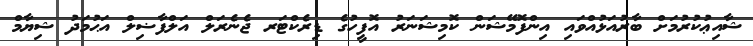
ޝާއިޢުކުރުމަށް ބާރުއަޅުއްވައި އިންފޮމޭޝަން ކޮމިޝަނަރު އޮފީހުގެ ޑިރެކްޓަރ ޖެނެރަލް އަލްފާޟިލް އަޙުމަދު ޝިޔާމް